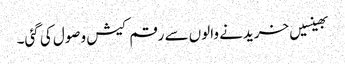
بھینسیں خریدنے والوں سے رقم کیش وصول کی گئی۔